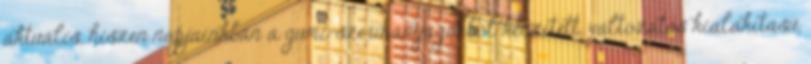
aktuális, hiszen napjainkban a gumi-szerû anyagokból készített, változatos kialakítású,